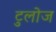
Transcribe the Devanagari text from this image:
टुलोज